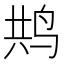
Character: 𮭥